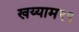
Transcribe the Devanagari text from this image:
खय्याम२९